Civil Veterinary Dept. Bombay admin report 1893-99 - 1893-1899
Year: 1893
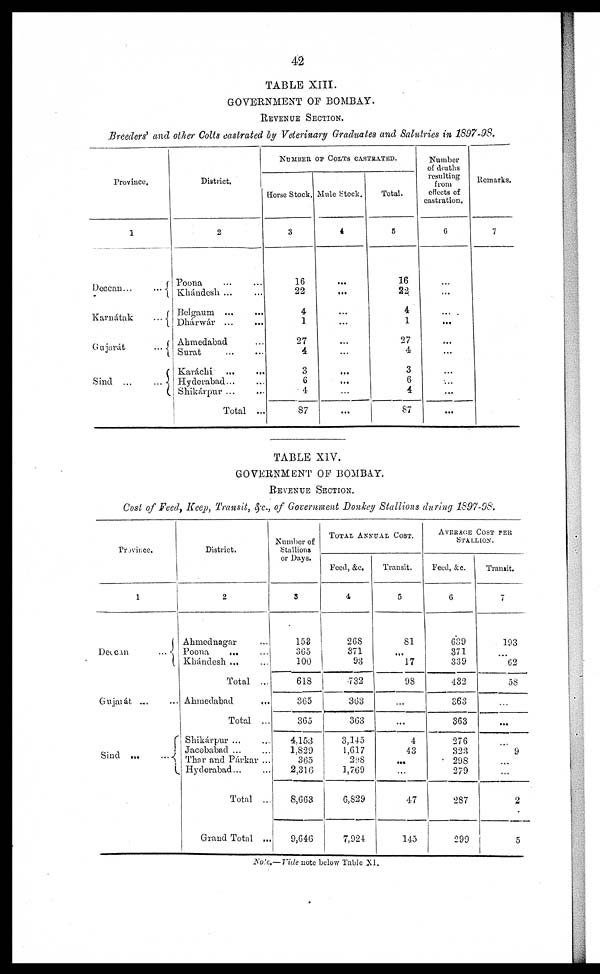
42
TABLE XIII.
GOVERNMENT OF BOMBAY.
REVENUE SECTION.
Breeders' and other Colts castrated by Veterinary Graduates and Salutries in 1897-98.
Province.
1
Deccan …
Karnátak …
Gujurát …
Sind ... …
District.
2
Poona … …
Khándesh … …
Belgaum
…
…
Dhásirwár … …
Ahmedabad …
Surat … …
Karáchi
...
...
Hyderabad...
Shikárpur ... ...
Total …
NUMBE OF COLTS CASTRATED.
Horse Stock.
3
16
22
4
1
27
4
3
6
4
87
Mule Stock.
4
…
...
...
…
…
…
...
…
...
Total.
5
16
22
4
1
27
4
3
6
4
87
Number
of deaths
resulting
from
effects of
castration.
6
…
...
...
...
...
...
…
…
...
...
Remarks.
7
TABLE XIV.
GOVERNMENT OF BOMBAY.
REVENUE SECTION.
Cost of Feed, Keep, Transit, &c., of Government Donkey Stallions during 1897-98.
Province.
1
Detain …
Gujarát ...
Sind … …
District.
2
Ahmednagar …
Poona
... …
Khándesh ... …
Total ...
Ahmedabad
…
Total ...
Shikárpur ... …
Jacobabad ... …
Thar and Párkar ...
Hyderabad... …
Total ..
Grand Total ...
Number of
Stallions
or Days.
3
158
365
100
618
365
365
4.153
1,829
365
2,316
8,663
9,646
TOTAL ANNUAL COST
Feed, &c.
4
268
371
93
732
363
363
3,145
1,617
298
1,769
6,829
7,924
Transit.
5
81
...
17
98
…
...
4
43
…
...
47
145
AVERAGE COST PER
STALLION.
Feed, &c.
6
639
371
339
432
363
363
276
323
298
279
287
299
Transit.
7
193
…
62
58
…
...
…
9
...
...
2
5
Note.— Vide note below Table XI.